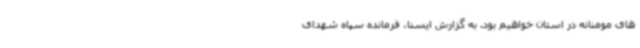
های مومنانه در استان خواهیم بود. به گزارش ایسنا، فرمانده سپاه شهدای